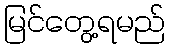
မြင်တွေ့ရမည်